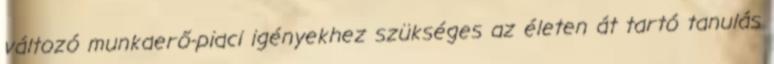
változó munkaerő-piaci igényekhez szükséges az életen át tartó tanulás